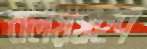
বলয়গ্রহণ